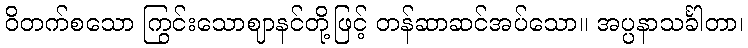
ဝိတက်စသော ကြွင်းသောဈာနင်တို့ဖြင့် တန်ဆာဆင်အပ်သော။ အပ္ပနာသင်္ခါတာ၊